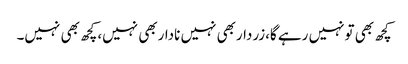
کچھ بھی تونہیں رہے گا،زرداربھی نہیں ناداربھی نہیں،کچھ بھی نہیں۔